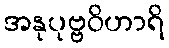
အနုပုဗ္ဗဝိဟာရိ